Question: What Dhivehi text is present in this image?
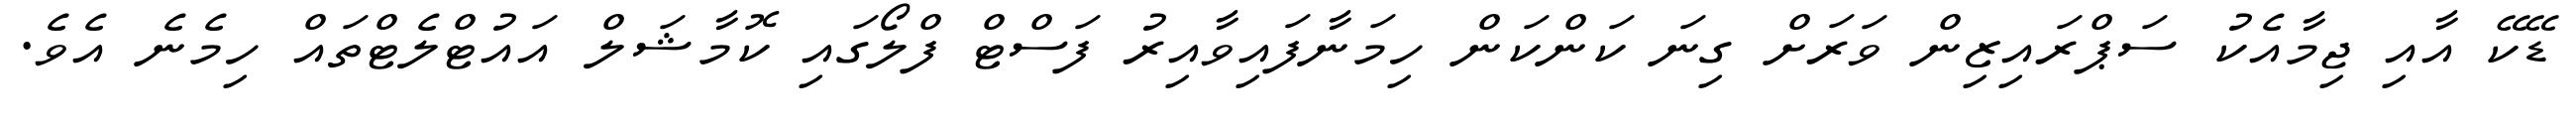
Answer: ޑޭކޭ އާއި ޖިމާއެކު ސަޕްރައިޒިން ވަރަށް ގިނަ ކަންކަން ހިމަނާފައިވާއިރު ފަސްޓް ފްލޯގައި ކޮމާޝަލް އައުޓްލެޓްތައް ހިމެނެ އެވެ.